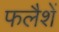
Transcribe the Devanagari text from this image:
फलैशें